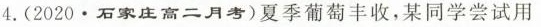
4.(2020.石家庄高二月考)夏季葡萄丰收，某同学尝试用